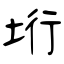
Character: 垳